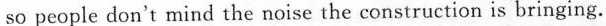
so people don't mind the noise the construction is bringing.